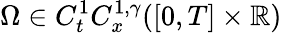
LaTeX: \Omega\in C_{t}^{1}C_{x}^{1,\gamma}([0,T]\times\mathbb{R})